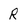
Character: R